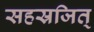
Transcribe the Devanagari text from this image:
सहस्रजित्